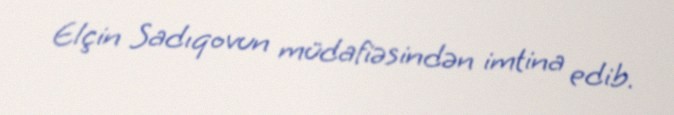
Elçin Sadıqovun müdafiəsindən imtina edib.